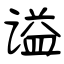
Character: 谥